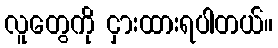
လူတွေကို ငှားထားရပါတယ်။